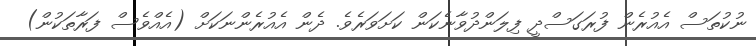
ނުކުތަސް އެއުރެން ފުރަގަސްދީ ފިލަންދުވާނެކަން ކަށަވަރެވެ. ދެން އެއުރެންނަކަށް (އެއްވެސް ފަރާތަކުން)